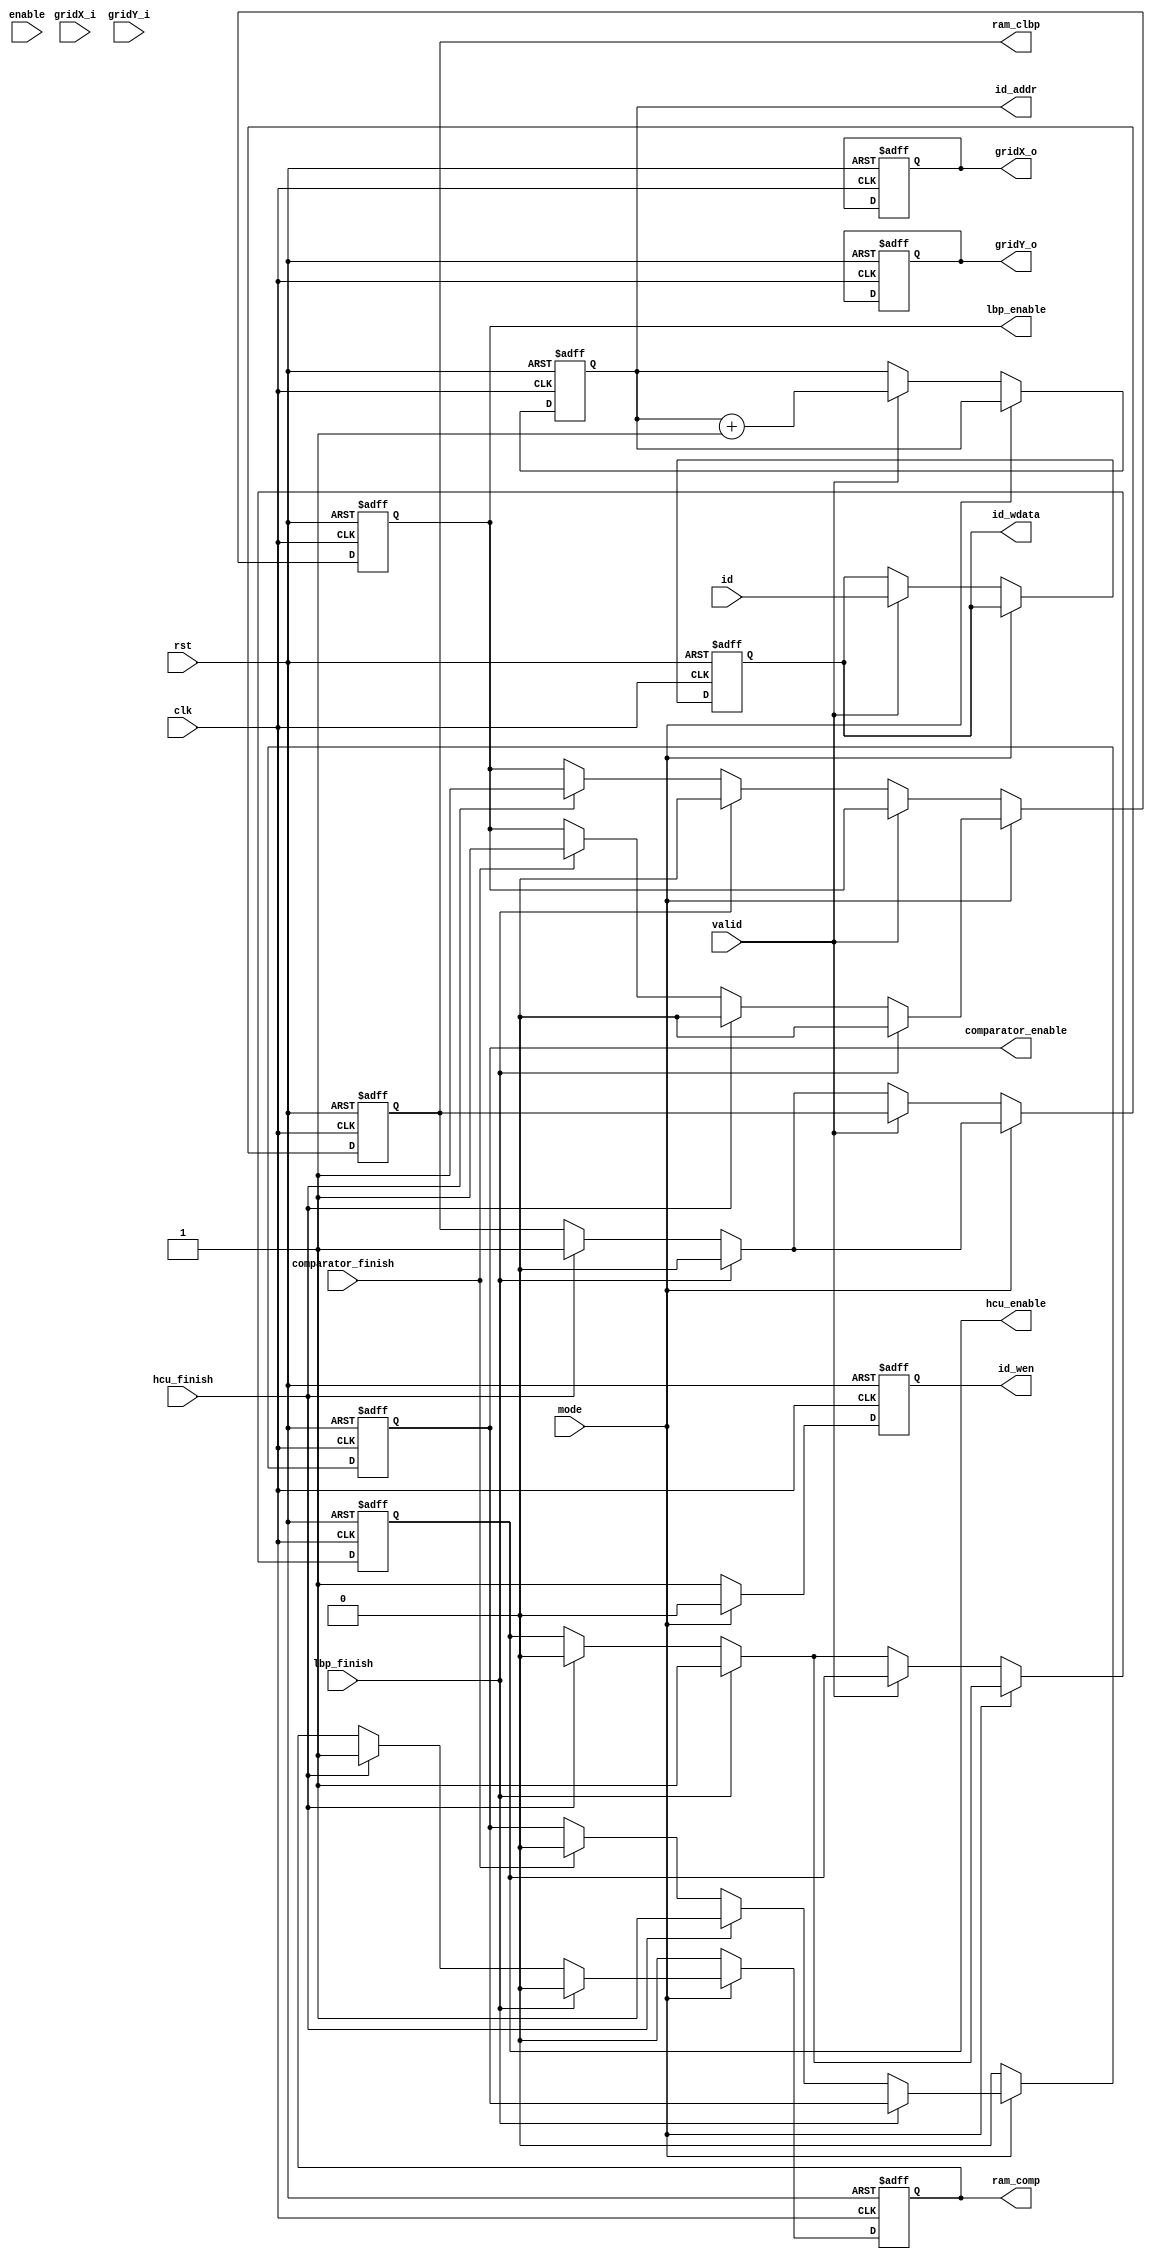
module Controller(
    input               clk,
    input               rst,
    input               mode,
    input               enable,
    input               valid,
    input   [4:0]       id,

    // ID RAM 
    output  reg [7:0]   id_addr,
    output  reg [4:0]   id_wdata,
    output  reg         id_wen,

    // CLBP I/O
	output	reg			lbp_enable,
	input   			lbp_finish,
	output  reg			ram_clbp,
	
    // HCU I/O
    input   [3:0]       gridX_i,     
    input   [3:0]       gridY_i,        
    output  reg         hcu_enable,
    output  reg [3:0]   gridX_o,
    output  reg [3:0]   gridY_o,  
    input               hcu_finish,      
    // Comparator I/O
    input               comparator_finish,
    output  reg         comparator_enable,
    output  reg         ram_comp
);

   always @(posedge clk or posedge rst) 
   begin
        if (rst) 
        begin
            id_addr <= 8'd0;
            id_wdata <= 5'd0;
            id_wen <= 1'b0;

            lbp_enable <= 1'b1;
            ram_clbp <= 1'b0;

            hcu_enable <= 1'b0;
            gridX_o <= 4'd0;
            gridY_o <= 4'd0;

            comparator_enable <= 1'b0;
            ram_comp <= 1'b0;
        end 
        else 
        begin
            if (mode == 1'b0) 
            begin
                id_wen <= 1'b1;
                ram_comp <= 1'b0;
                comparator_enable <= 1'b0;
                if (valid)
                begin
                    id_addr <= id_addr + 8'd1;
                    id_wdata <= id;
                end  
                else if (lbp_finish)
                begin
                    hcu_enable <= 1'b1;
                    lbp_enable <= 1'b0;
                    ram_clbp <= 1'b0;
                end
                else 
                if (hcu_finish)
                begin
                    hcu_enable <= 1'b0;
                    lbp_enable <= 1'b1;
                    ram_clbp <= 1'b1;
                end
                else
                begin
                    hcu_enable <= hcu_enable;
                    lbp_enable <= lbp_enable;
                    ram_clbp <= ram_clbp;
                end
            end
            else 
            begin
                id_wen <= 1'b0;
                if (lbp_finish)
                begin
                    hcu_enable <= 1'b1;
                    lbp_enable <= 1'b0;
                    ram_comp <= 1'b0;
                    ram_clbp <= 1'b0;
                end
                else if (hcu_finish)
                begin
                    hcu_enable <= 1'b0;
                    lbp_enable <= 1'b0;
                    ram_comp <= 1'b1;
                    ram_clbp <= 1'b1;
                    comparator_enable <= 1'b1;
                end
                else if (comparator_finish)
                begin
                    lbp_enable <= 1'b1;
                    comparator_enable <= 1'b0;
                end
                else
                begin
                    hcu_enable <= hcu_enable;
                    lbp_enable <= lbp_enable;
                    ram_clbp <= ram_clbp;
                    comparator_enable <= comparator_enable;
                end
            end
        end
    end

endmodule